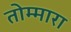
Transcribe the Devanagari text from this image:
तोम्मारा